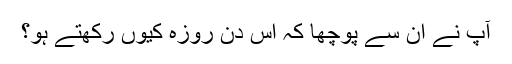
آپ نے ان سے پوچھا کہ اس دن روزہ کیوں رکھتے ہو؟